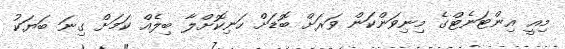
މިއީ އިންޓަނެޓްގެ މިނިވަންކަން ވަރަށް ބޮޑަށް ހަނިކޮށްލާ ބިލެއް ކަމަށް ގިނަ ބަޔަކު